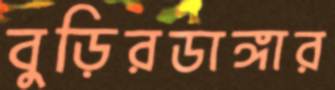
বুড়িরডাঙ্গার